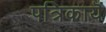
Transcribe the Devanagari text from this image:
पत्रिकायॆं